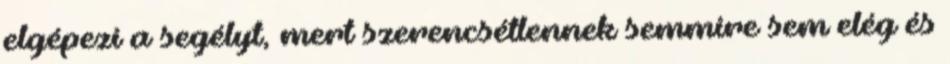
elgépezi a segélyt, mert szerencsétlennek semmire sem elég és